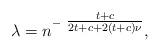
LaTeX: \begin{align*}\lambda = n^{-~\tfrac{t+c}{2t+c +2(t+c)\nu}},\end{align*}